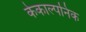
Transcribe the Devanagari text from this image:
केकाल्पनिक